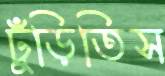
ঢুঁড়িতিস